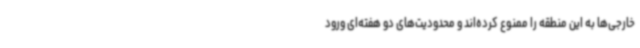
خارجی‌ها به این منطقه را ممنوع کرده‌اند و محدودیت‌های دو هفته‌ای ورود